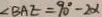
\angle B A E = 9 0 ^ { \circ } - 2 \alpha